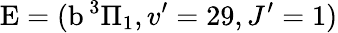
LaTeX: \textrm{E}=(\textrm{b}\, ^{3}\Pi_{1},v^{\prime}=29,J^{\prime}=1)